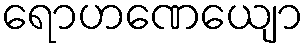
ရောဟဏေယျော